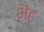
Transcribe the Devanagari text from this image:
भॆंट